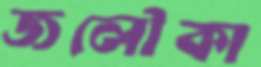
জলৌকা